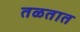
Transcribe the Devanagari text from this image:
तळतात